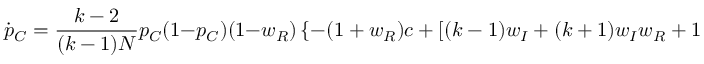
\dot { p } _ { C } = \frac { k - 2 } { ( k - 1 ) N } p _ { C } ( 1 - p _ { C } ) ( 1 - w _ { R } ) \left\{ - ( 1 + w _ { R } ) c + [ ( k - 1 ) w _ { I } + ( k + 1 ) w _ { I } w _ { R } + 1 - w _ { R } ] b / k \right\} \delta + \mathcal { O } ( \delta ^ { 2 } ) ,